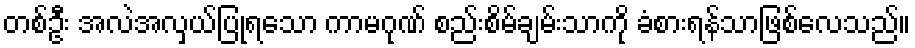
တစ်ဦး အလဲအလှယ်ပြုရသော ကာမဂုဏ် စည်းစိမ်ချမ်းသာကို ခံစားရန်သာဖြစ်လေသည်။